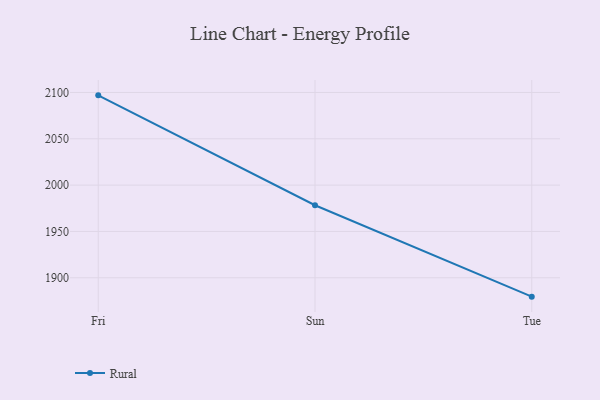
{"axis": {"x": "Day", "y": "Conversion Rate (%)"}, "legend": ["Rural"], "data": [{"x": "Fri", "y": 2096.9, "type": "Rural"}, {"x": "Sun", "y": 1978.3, "type": "Rural"}, {"x": "Tue", "y": 1879.6, "type": "Rural"}]}